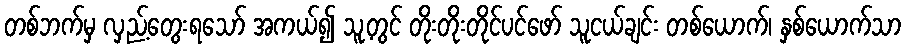
တစ်ဘက်မှ လှည့်တွေးရသော် အကယ်၍ သူ့တွင် တိုးတိုးတိုင်ပင်ဖော် သူငယ်ချင်း တစ်ယောက်၊ နှစ်ယောက်သာ